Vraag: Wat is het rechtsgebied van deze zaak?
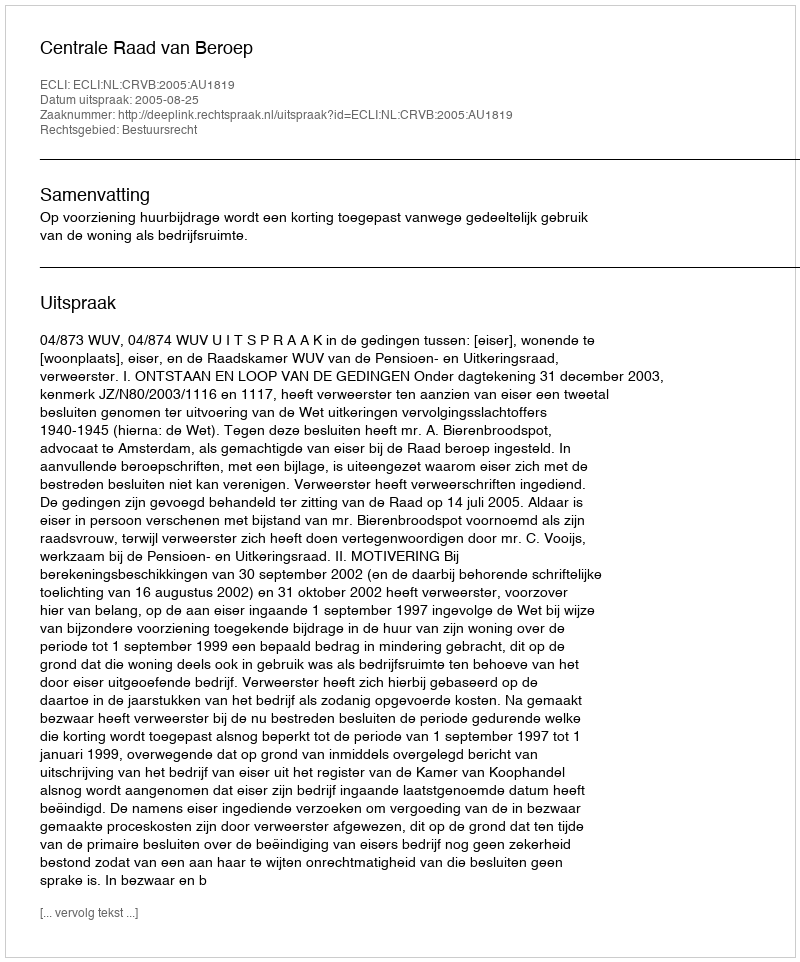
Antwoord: Bestuursrecht